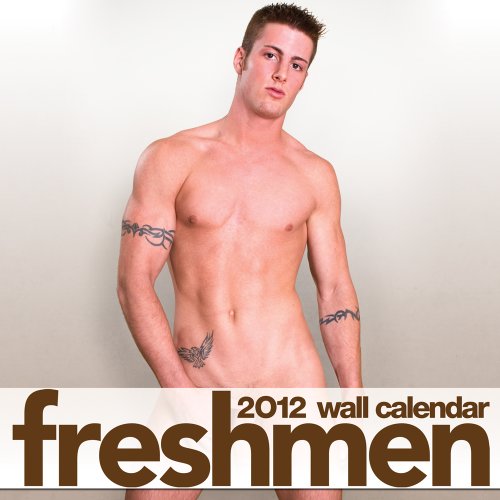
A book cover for Freshmen Magazine 2012 Wall Calendar; Freshmen Magazine; Arts & Photography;